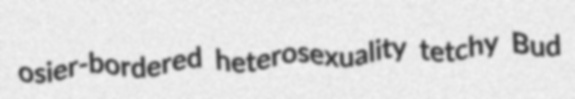
osier-bordered heterosexuality tetchy Bud